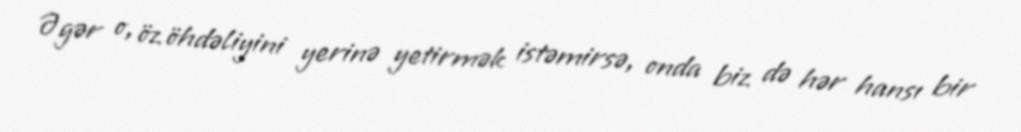
Əgər o, öz öhdəliyini yerinə yetirmək istəmirsə, onda biz də hər hansı bir